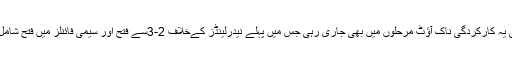
ان کی یہ کارکردگی ناک آؤٹ مرحلوں میں بھی جاری رہی جس میں پہلے نیدرلینڈز کےخلاف 2-3سے فتح اور سیمی فائنلز میں فتح شامل ہے۔